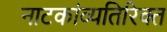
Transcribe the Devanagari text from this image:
नाटकांव्यतिरिक्त